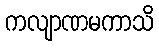
ကလျာဏမကာသိ